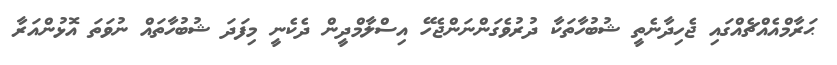
ޙަރާމްއެއްޗެއްގައި ޖެހިދާނެތީ ޝުބުހާތަކާ ދުރުވެގަންނަންޖެހޭ އިސްލާމްދީން ދެކެނީ މިފަދަ ޝުބުހާތައް ނުވަތަ އޮޅުންއަރާ